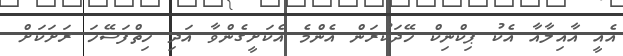
އެއީ އާއިލާއާ އެކު ޕިކްނިކް ހޭދަކުރަން އެންމެ އެކަށީގެންވާ އަދި ހިތްފަސޭހަ ރަށަކަށް